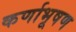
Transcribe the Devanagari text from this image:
कर्णाभूषण